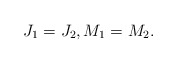
\begin{align*}J_1=J_2,M_1=M_2.\end{align*}